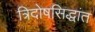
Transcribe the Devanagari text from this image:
त्रिदोषसिद्धांत